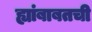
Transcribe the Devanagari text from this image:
ह्यांबाबतची